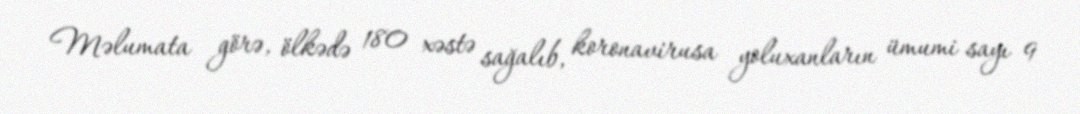
Məlumata görə, ölkədə 180 xəstə sağalıb, koronavirusa yoluxanların ümumi sayı 9